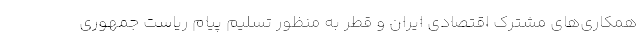
همکاری‌های مشترک اقتصادی ایران و قطر به منظور تسلیم پیام ریاست جمهوری